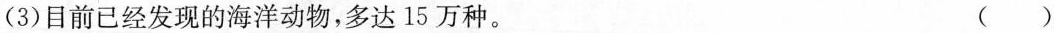
(3)目前已经发现的海洋动物，多达15万种。 ( )